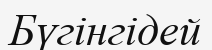
Бүгінгідей